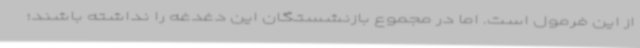
از این فرمول است. اما در مجموع بازنشستگان این دغدغه را نداشته باشند؛